Report of the Bombay Veterinary College
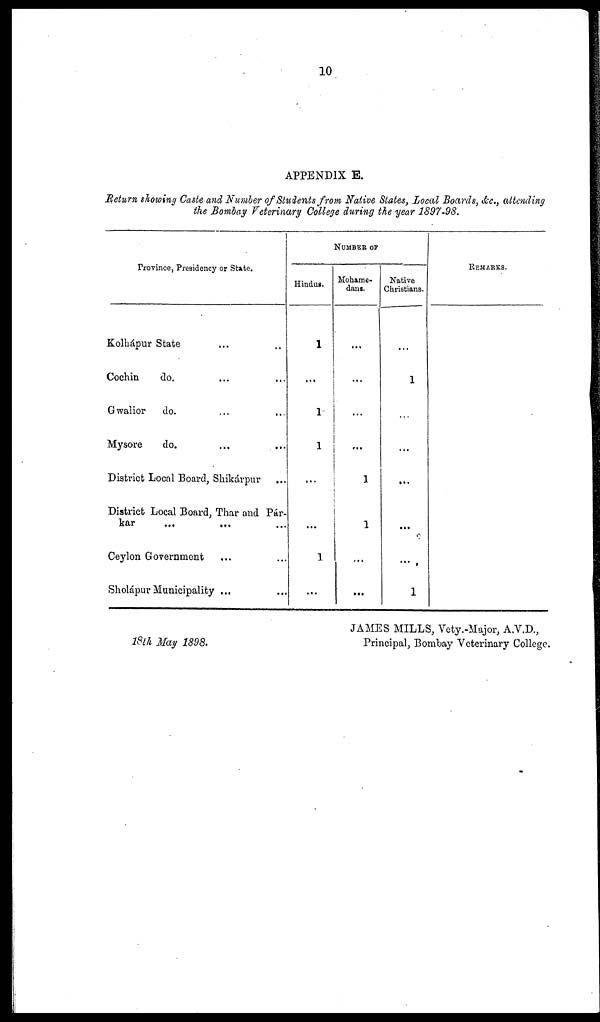
10
APPENDIX E.
Return showing Caste and Number of Students from Native States, Local Boards, &c., attending
the Bombay Veterinary College during the year 1897-98.
Province, Presidency or State.
Kolhápur State
Cochin
do.
Gwalior do.
Mysore
do.
...
...
...
...
District Local Board, Shikárpur
...
...
...
...
...
District Local Board, Thar and Pár-
kar ... ... ...
Ceylon Government
...
Sholápur Municipality ...
...
...
NUMBER OF
Hindus.
1
...
1
1
...
...
1
...
Mohame-
dans.
...
...
...
...
1
1
...
...
Native
Christians.
...
1
...
...
...
...
...
1
REMARKS.
JAMES MILLS, Vety.-Major, A.V.D.,
18th May 1898.
Principal, Bombay Veterinary College.